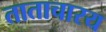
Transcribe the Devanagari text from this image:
ताताचारय